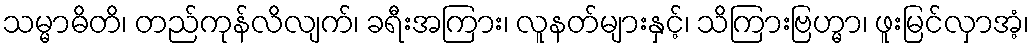
သမ္မာဓိတိ၊ တည်ကုန်လိလျက်၊ ခရီးအကြား၊ လူနတ်များနှင့်၊ သိကြားဗြဟ္မာ၊ ဖူးမြင်လှာအံ့၊